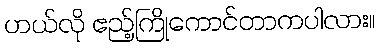
ဟယ်လို ဧည့်ကြိုကောင်တာကပါလား။